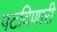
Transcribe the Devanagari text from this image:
पटविणारी